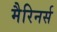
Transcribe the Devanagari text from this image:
मैरिनर्स